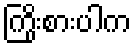
ကြိုးစားပါက